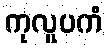
ကုလူပကံ